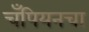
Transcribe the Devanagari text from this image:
चँपियनचा